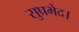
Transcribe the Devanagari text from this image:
सुप्रभेद।